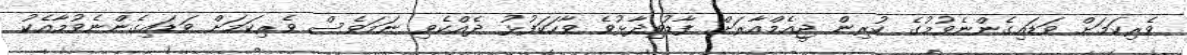
ވެރިކަމަށް ވަޑައިގެންނެވުމުގެ ކުރިން ޖީއެމްއާރަށް ފާޑުވިދާޅުވެ ވާހަކަފުޅު ދެއްކެވި ނަމަވެސް ވެރިކަމަށް ވަޑައިގެންނެވުމާއެކު